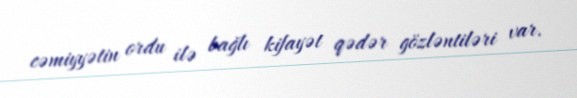
cəmiyyətin ordu ilə bağlı kifayət qədər gözləntiləri var.